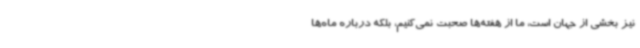
نیز بخشی از جهان است، ما از هفته‌ها صحبت نمی‌کنیم، بلکه درباره ماه‌ها